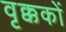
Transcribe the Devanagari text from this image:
वृक्ककों